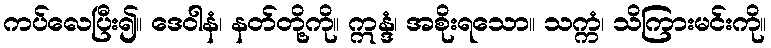
ကပ်လေပြီး၍။ ဒေဝါနံ၊ နတ်တို့ကို။ ဣန္ဒံ၊ အစိုးရသော။ သက္ကံ၊ သိကြားမင်းကို။